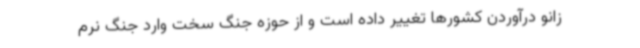
زانو درآوردن کشورها تغییر داده است و از حوزه جنگ سخت وارد جنگ نرم